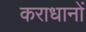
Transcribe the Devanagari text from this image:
कराधानों